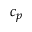
c _ { p }